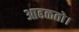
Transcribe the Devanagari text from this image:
आढळतो।